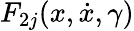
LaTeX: F_{2j}(x,\dot{x},\gamma)